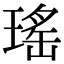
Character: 瑤